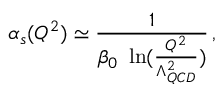
\alpha _ { s } ( Q ^ { 2 } ) \simeq \frac { 1 } { \beta _ { 0 } ~ \ln ( \frac { Q ^ { 2 } } { \Lambda _ { Q C D } ^ { 2 } } ) } \, ,